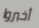
أخبروا